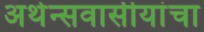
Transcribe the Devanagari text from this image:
अथेन्सवासीयांचा